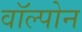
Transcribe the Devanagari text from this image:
वॉल्पोन